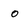
Character: o